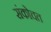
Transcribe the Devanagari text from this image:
संकोचत